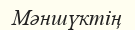
Мәншүктің